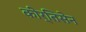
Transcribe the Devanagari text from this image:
कीर्तिसेन